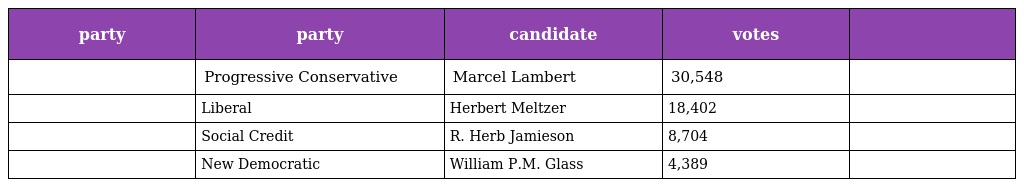
| party | party | candidate | votes |  |
 | --- | --- | --- | --- | --- |
 |  | Progressive Conservative | Marcel Lambert | 30,548 |  |
 |  | Liberal | Herbert Meltzer | 18,402 |  |
 |  | Social Credit | R. Herb Jamieson | 8,704 |  |
 |  | New Democratic | William P.M. Glass | 4,389 |  |